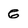
Character: 6